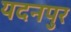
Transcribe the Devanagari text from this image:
यदनपुर